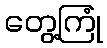
တွေ့ကြုံ